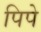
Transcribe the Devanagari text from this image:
पिपे